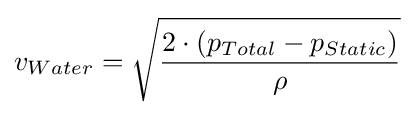
v_{Water}={\sqrt {\frac {2\cdot \left(p_{Total}-p_{Static}\right)}{\rho }}}\,\!